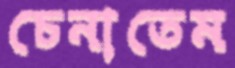
চেনাতেম